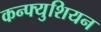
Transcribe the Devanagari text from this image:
कन्फ्युशियन